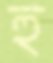
হু